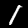
Digit: 1